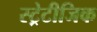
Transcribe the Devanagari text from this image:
स्ट्रेटीजिक